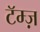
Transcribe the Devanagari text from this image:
टॅम्ज़